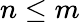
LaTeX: n\leq m